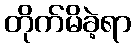
တိုက်မိခဲ့ရာ